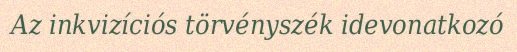
Az inkvizíciós törvényszék idevonatkozó